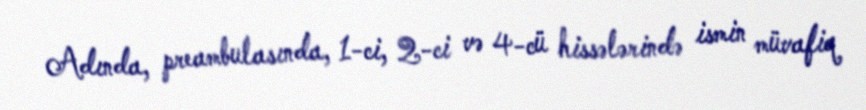
Adında, preambulasında, 1-ci, 2-ci və 4-cü hissələrində ismin müvafiq